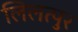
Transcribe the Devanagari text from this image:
लिलत्पुर